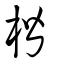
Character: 楷